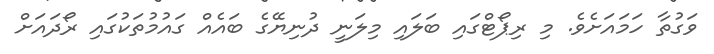
ވަގުތާ ހަމައަށެވެ. މި ރިޕޯޓްގައި ބަލައި މިލަނީ ދުނިޔޭގެ ބައެއް ގައުމުތަކުގައި ރޯދައަށް